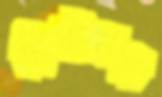
চিপ্‌টলেম